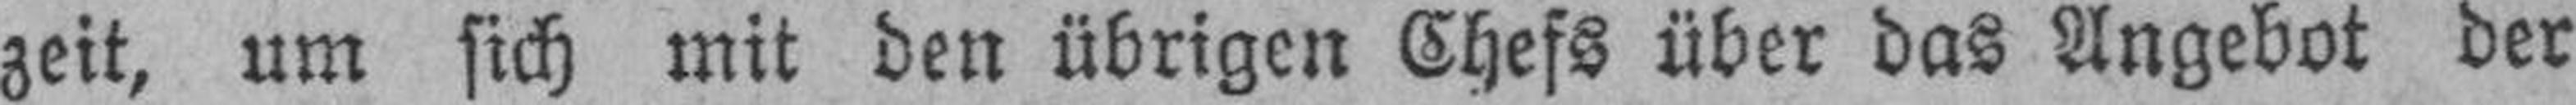
zeit, um sich mit den übrigen Chefs über das Angebot der